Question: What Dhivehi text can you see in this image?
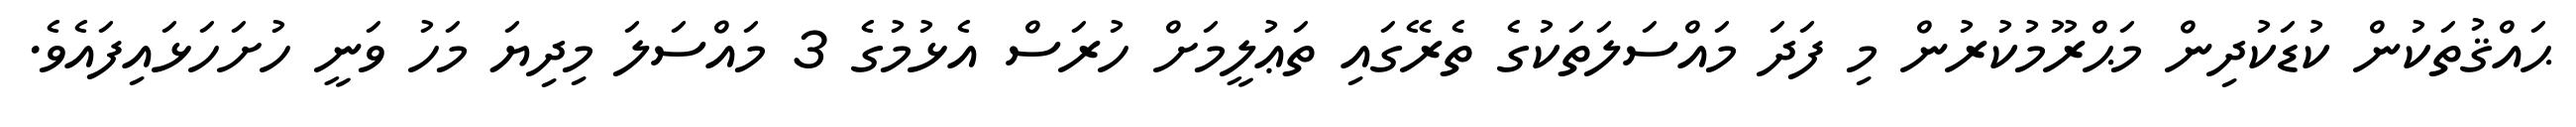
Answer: ޙައްޤުތަކުން ކުޑަކުދިން މަޙްރޫމުކުރުން މި ފަދަ މައްސަލަތަކުގެ ތެރޭގައި ތަޢުލީމަށް ހުރަސް އެޅުމުގެ 3 މައްސަލަ މިދިޔަ މަހު ވަނީ ހުށަހަޅައިފައެވެ.